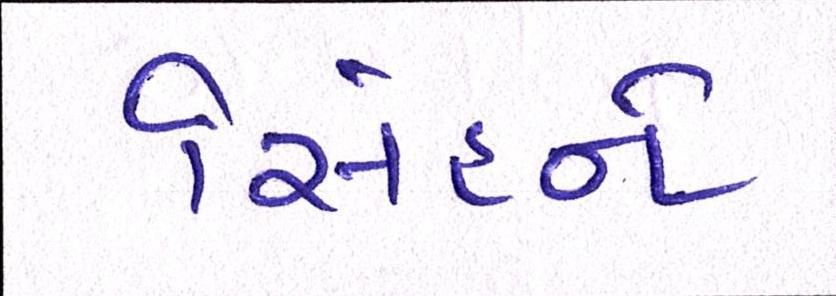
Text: સિંહને